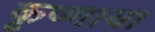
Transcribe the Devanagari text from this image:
कृष्णाया